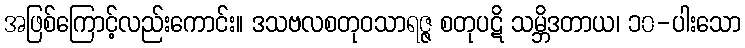
အဖြစ်ကြောင့်လည်းကောင်း။ ဒသဗလစတုဝသာရဇ္ဇ စတုပဋိ သမ္ဘိဒတာယ၊ ၁၀-ပါးသော